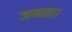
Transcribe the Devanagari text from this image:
जनता।